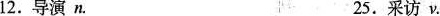
12.导演n. 25.采访v.